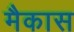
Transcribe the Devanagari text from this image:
मैकास